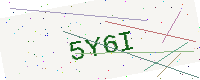
Text: 5Y6I